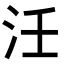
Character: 𭯺